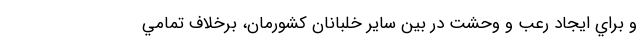
و براي ايجاد رعب و وحشت در بين ساير خلبانان كشورمان، برخلاف تمامي